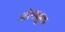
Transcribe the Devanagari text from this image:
नॉचबुक